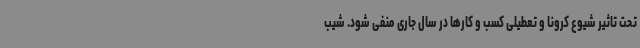
تحت تاثیر شیوع کرونا و تعطیلی کسب و کارها در سال جاری منفی شود. شیب